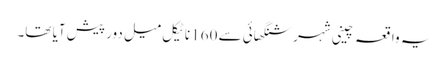
یہ واقعہ چینی شہر شنگھائی سے 160 ناٹیکل میل دور پیش آیا تھا۔